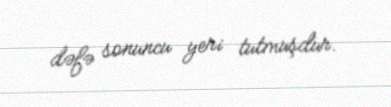
dəfə sonuncu yeri tutmuşdur.